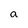
Character: a